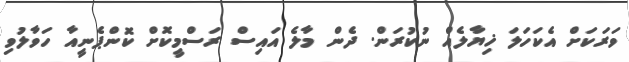
ވަރަކަށް އެކަހަލަ ޚިޔާލެއް ނުކުރަން. ދެން މާލެ އައިސް ރަސްމީކޮށް ކޮންޕެނީއާ ހަވާލުވި